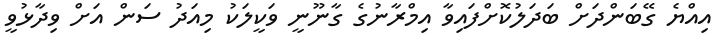
އިއްޔެ ގޭބަންދަށް ބަދަލުކޮށްފައިވާ އިމްރާނުގެ ގާނޫނީ ވަކީލަކު މިއަދު ސަން އަށް ވިދާޅުވީ